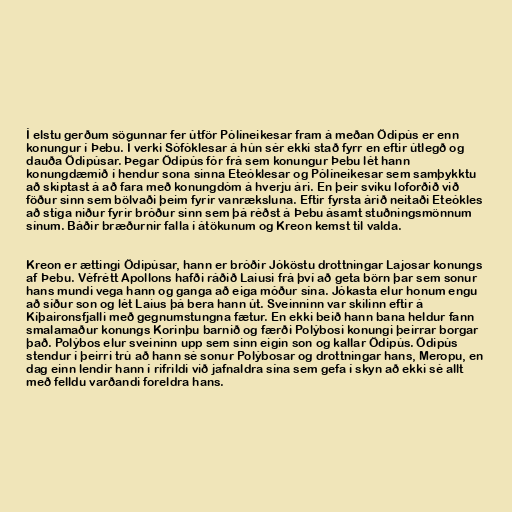
Í elstu gerðum sögunnar fer útför Pólíneikesar fram á meðan Ödipús er enn
konungur í Þebu. Í verki Sófóklesar á hún sér ekki stað fyrr en eftir útlegð og
dauða Ödipúsar. Þegar Ödipús fór frá sem konungur Þebu lét hann
konungdæmið í hendur sona sinna Eteóklesar og Pólíneikesar sem samþykktu
að skiptast á að fara með konungdóm á hverju ári. En þeir sviku loforðið við
föður sinn sem bölvaði þeim fyrir vanræksluna. Eftir fyrsta árið neitaði Eteókles
að stíga niður fyrir bróður sinn sem þá réðst á Þebu ásamt stuðningsmönnum
sínum. Báðir bræðurnir falla í átökunum og Kreon kemst til valda.

Kreon er ættingi Ödipúsar, hann er bróðir Jóköstu drottningar Lajosar konungs
af Þebu. Véfrétt Apollons hafði ráðið Laiusi frá því að geta börn þar sem sonur
hans mundi vega hann og ganga að eiga móður sína. Jókasta elur honum engu
að síður son og lét Laius þá bera hann út. Sveinninn var skilinn eftir á
Kíþaironsfjalli með gegnumstungna fætur. En ekki beið hann bana heldur fann
smalamaður konungs Korinþu barnið og færði Polýbosi konungi þeirrar borgar
það. Polýbos elur sveininn upp sem sinn eigin son og kallar Ödipús. Ödipús
stendur í þeirri trú að hann sé sonur Polýbosar og drottningar hans, Meropu, en
dag einn lendir hann í rifrildi við jafnaldra sína sem gefa í skyn að ekki sé allt
með felldu varðandi foreldra hans.